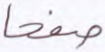
صفحا